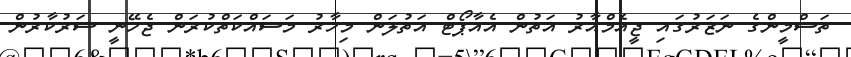
ތަސްމީންގެ ނަޒަރުގައި ޖީއެމްއާރު އަތުން އެއާޕޯޓް އަތުލަން މިހާރު މަސައްކަތްކުރަން ޖެހޭނީ ސަރުކާރުން